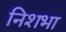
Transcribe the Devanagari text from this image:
निशभा